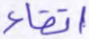
اتقاء